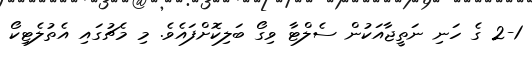
2-1 ގެ ހަނި ނަތީޖާއަކުން ސެލްޓާ ވިގޯ ބަލިކޮށްފައެވެ. މި މެޗުގައި އެތުލެޓިކޯ